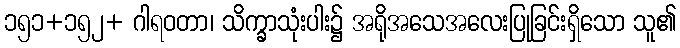
၁၅၁+၁၅၂+ ဂါရဝတာ၊ သိက္ခာသုံးပါး၌ အရိုအသေအလေးပြုခြင်းရှိသော သူ၏